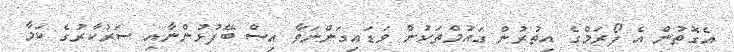
އެގޮތުން އެ ފޯރަމްގެ އިތުރުން ގައުމްތަކުން ވަޑައިގަންނަވާ އިސް ބޭފުޅުންނާއި ސަރުކާރުގެ ކަމާ